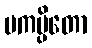
ပကမ္ပိတော